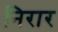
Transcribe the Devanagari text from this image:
निरार